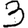
Digit: 3